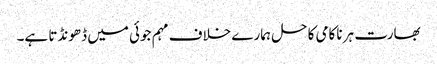
بھارت ہر ناکامی کا حل ہمارے خلاف مہم جوئی میں ڈھونڈتا ہے۔